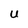
Character: U